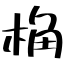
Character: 桷